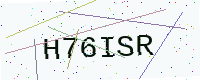
Text: H76ISR